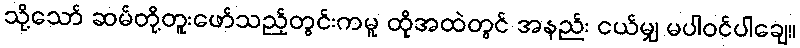
သို့သော် ဆမ်တို့တူးဖော်သည့်တွင်းကမူ ထိုအထဲတွင် အနည်း ငယ်မျှ မပါဝင်ပါချေ။